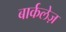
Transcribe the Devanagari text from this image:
बार्कलेज़